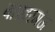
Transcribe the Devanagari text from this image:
बाखरगंज